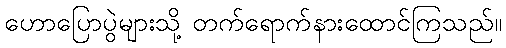
ဟောပြောပွဲများသို့ တက်ရောက်နားထောင်ကြသည်။